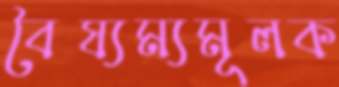
বৈষ্যম্যমূলক